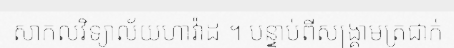
សាកលវិទ្យាល័យហាវ៉ាដ ។ បន្ទាប់ពីសង្គ្រាមត្រជាក់